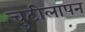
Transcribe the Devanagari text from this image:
चुटीलापन